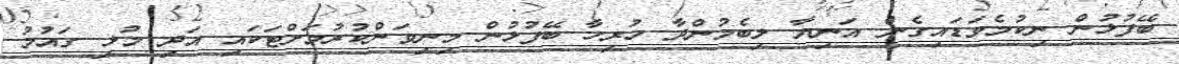
ބޭފުޅުން ނިކުމެވަޑައިގެން އަނިޔާ ލިބެމުންދާ ހުރިހާ ބޭފުޅުން މިނިވަންކުރުމަށްޓަކައި އަދި މުޅި ގައުމު